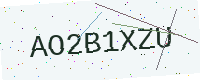
Text: AO2B1XZU